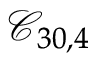
\mathcal { C } _ { 3 0 , 4 }